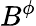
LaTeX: B^{\phi}